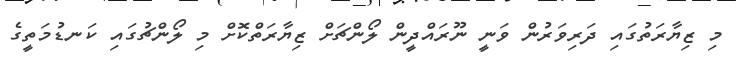
މި ޒިޔާރަތުގައި ދަރިވަރުން ވަނީ ނޫރައްދީން ލޯންޗަށް ޒިޔާރަތްކޮށް މި ލޯންޗުގައި ކަނޑުމަތީގެ